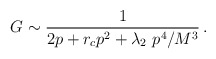
\begin{align*}G\sim \frac{1}{2p+r_cp^2+\lambda_2~p^{4}/M^3}\,.\end{align*}